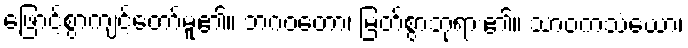
ဖြောင့်စွာကျင့်တော်မူ၏။ ဘဂဝတော၊ မြတ်စွာဘုရား၏။ သာဝကသံဃော၊